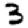
Digit: 3